Report of the King Institute of Preventive Medicine, Guindy
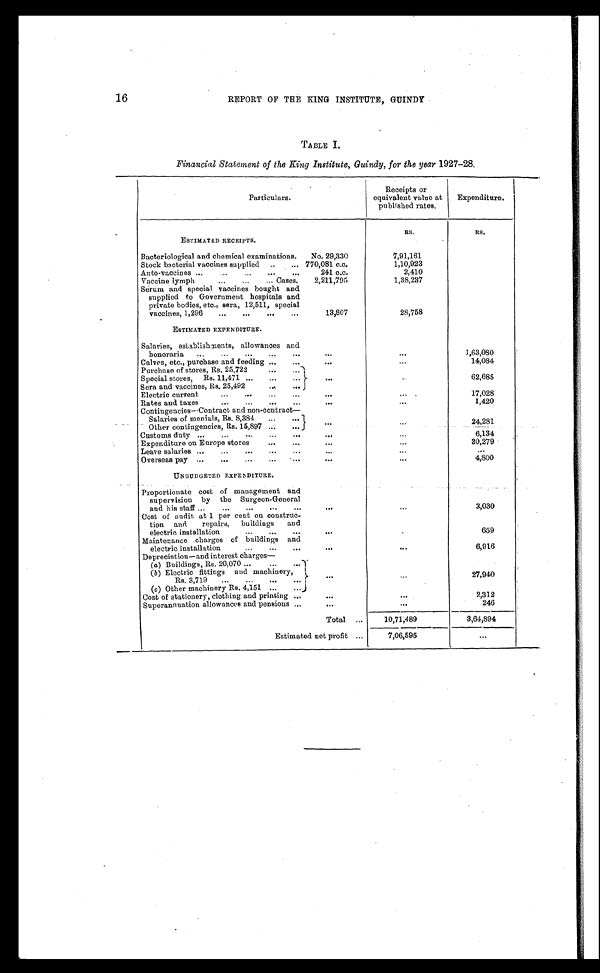
16
REPORT OP THE KING INSTITUTE, GUINDY
TABLE I.
Financial Statement of the King Institute, Guindy, for the year 1927-28.
Particulars.
Receipts or
equivalent value at
published rates.
Expenditure.
ESTIMATED RECEIPTS.
R s .
Rs.
Bacteriological and chemical examinations . . .
No. 29,330
7,91,161
Stock bacterial vaccines supplied . . .
770,081 c.c.
1,10,923
Auto-vaccines . . .
241 c.c.
2,410
Vaccine lymph . . . Cases.
2,211,795
1,38,237
Serum and special vaccines bought and
supplied to Government hospitals and
private bodies, etc., sera, 12,511, special
vaccines, 1,296 . . .
13,807
28,758
ESTIMATED EXPENDITURE.
Salaries, establishments, allowances and
honoraria . . .
. . .
. . .
1,63,080
Calves, etc., purchase and feeding . . .
. . .
. . .
14,084
Purchase of stores, Rs. 25,722 . . .
. . .
. . .
. . .
Special stores, Rs. 11,471 . . .
. . .
. . .
62,685
Sera and vaccines, Rs. 25,492
. . .
. . .
. . .
. . .
Electric current . . .
. . .
. . .
17,028
Rates and taxes . . .
. . .
. . .
1,420
Contingencies—Contract and non-contract
—
Salaries of menials, Rs. 8,384 . . .
24,281
Other contingencies, Rs. 15,897 . . . .
. . .
. . .
Customs duty . . .
. . .
. . .
6,134
Expenditure on Europe stores . . .
. . .
. . .
30,279
Leave salaries . . .
. . .
. . .
. . .
Overseas pay . . .
. . .
. . .
4,800
UNBUD GETED EXPENDITURE.
Proportionate cost of management and
supervision by the Surgeon-General
and his staff . . .
. . .
. . .
3,030
Cost of audit at 1 per cent on construc
-
tion and repairs, buildings
and
electric installation . . .
. . .
659
Maintenance charges of buildings and
electric installation . . .
. . .
. . .
6,916
Depreciation—and interest charges—
(a) Buildings, Rs. 20,070 . . .
(b) Electric fittings and machinery,
Rs. 3,719 . . .
. . .
. . .
27,940
(c) Other machinery Rs. 4,151 . . .
. . .
. . .
. . .
Cost of stationery, clothing and printing . . .
. . .
. . .
2,312
Superannuation allowances and pensions . . .
. . .
. . .
246
Total . . .
10,71,489
3,64,894
Estimated net profit . . .
7,06,595
. . .